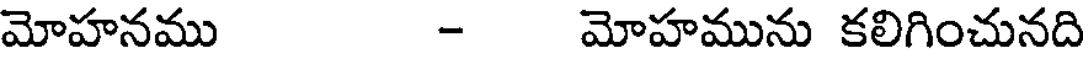
మోహనము - మోహమును కలిగించునది